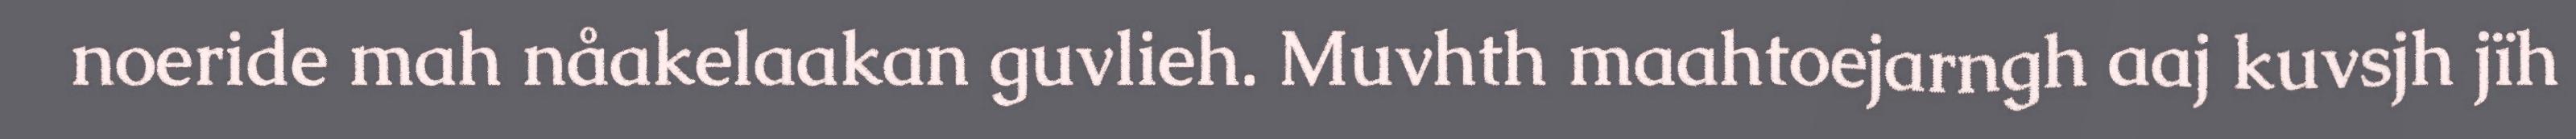
noeride mah nåakelaakan guvlieh. Muvhth maahtoejarngh aaj kuvsjh jïh